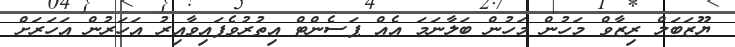
ޔޫޒަބަލް ރިޒާވް މަހުން މަހުން ބަލާނަމަ އެއް ޕަސެންޓް އިތުރުވެފައިވާއިރު އަހަރުން އަހަރަށް